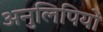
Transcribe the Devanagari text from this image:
अनुलिपियों